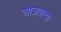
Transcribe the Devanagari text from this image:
आज्ञवल्या